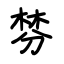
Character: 棼